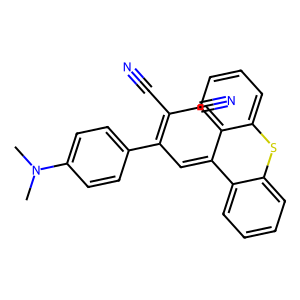
SMILES: CN(C)c1ccc(C(C=C2c3ccccc3Sc3ccccc32)=C(C#N)C#N)cc1
Inhibits HIV replication: No